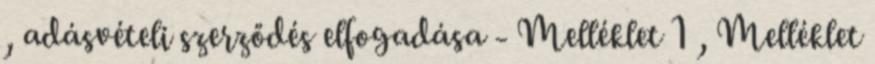
, adásvételi szerződés elfogadása - Melléklet 1 , Melléklet